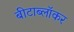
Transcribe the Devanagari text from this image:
बीटाब्लॉकर